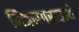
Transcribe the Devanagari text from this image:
मित्रनगरराज्ये